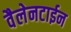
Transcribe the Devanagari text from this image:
वैलेनटाईन